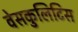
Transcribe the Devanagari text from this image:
वेसकुलिटिस